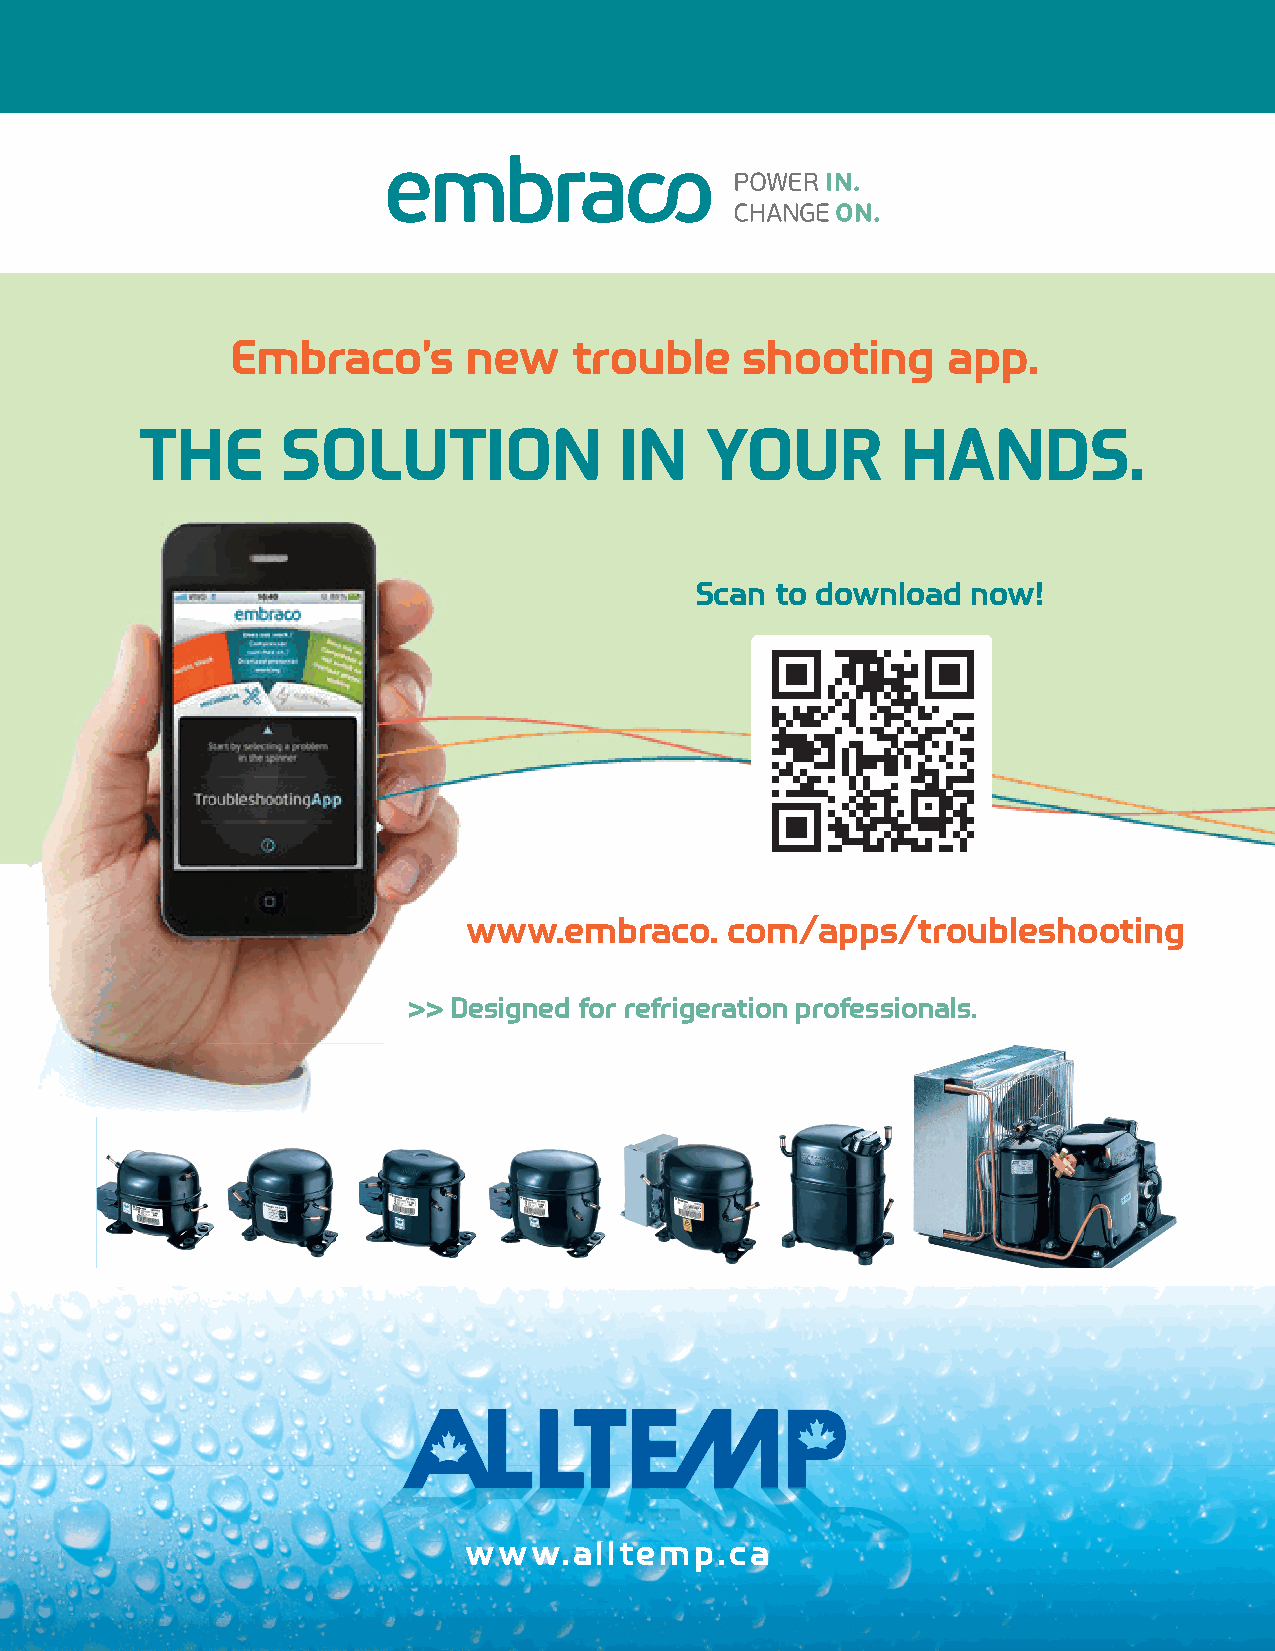
Embraco’s       new    trouble    shooting      app.
 THE       SOLUTION              IN    YOUR         HANDS.
 Scan to download  now!
 www.embraco.     com/apps/troubleshooting
 >> Designed for refrigeration professionals.
 wwwwwwwwwwww....aaaalllllllltttteeeemmmmpppp....ccccaaaa